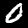
Label: 0